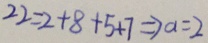
2 2 = 2 + 8 + 5 + 7 \Rightarrow a = 2